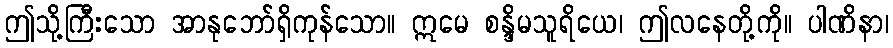
ဤသို့ကြီးသော အာနုဘော်ရှိကုန်သော။ ဣမေ စန္ဒိမသူရိယေ၊ ဤလနေတို့ကို။ ပါဏိနာ၊